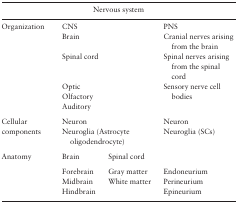
| <COLSPAN=4> Nervous system |
 | --- | --- | --- | --- |
 | <ROWSPAN=6> Organization | <COLSPAN=2> CNS | PNS |
 | <COLSPAN=2> Brain | Cranial nerves arising from the brain |
 | <COLSPAN=2> Spinal cord | Spinal nerves arising from the spinal cord |
 | <COLSPAN=2> Optic | <ROWSPAN=3> Sensory nerve cell bodies |
 | <COLSPAN=2> Olfactory |
 | <COLSPAN=2> Auditory |
 | <ROWSPAN=2> Cellular components | <COLSPAN=2> Neuron | Neuron |
 | <COLSPAN=2> Neuroglia (Astrocyte oligodendrocyte) | Neuroglia (SCs) |
 | <ROWSPAN=4> Anatomy | Brain | Spinal cord |  |
 | Forebrain | Gray matter | Endoneurium |
 | Midbrain | White matter | Perineurium |
 | Hindbrain |  | Epineurium |